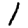
Digit: 1